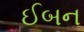
ઈબન